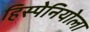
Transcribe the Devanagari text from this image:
हिस्पेनियोला